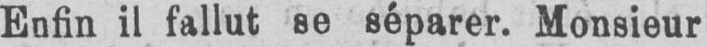
Enfin il fallut se séparer. Monsieur